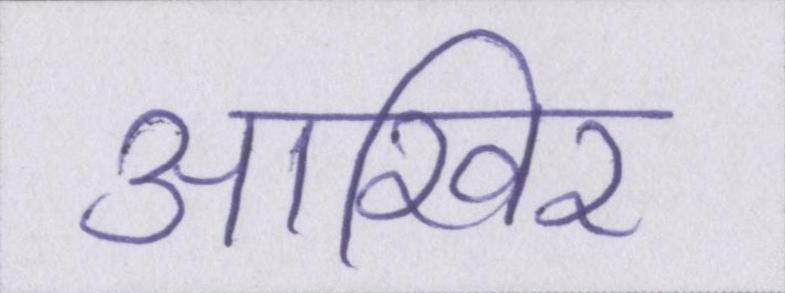
आखिर